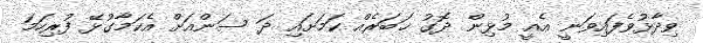
ވިދާޅުވެފައިވަނީ އެއީ މުޅިން ދޮގު ޚަބަރެއް ކަމަށައި ދަ ސަންއަށް އެކަމާގުޅޭ ފުރިހަމަ